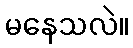
မနေသလဲ။